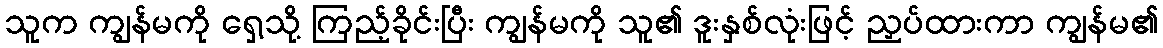
သူက ကျွန်မကို ရှေ့သို့ ကြည့်ခိုင်းပြီး ကျွန်မကို သူ၏ ဒူးနှစ်လုံးဖြင့် ညှပ်ထားကာ ကျွန်မ၏